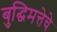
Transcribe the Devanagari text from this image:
बुद्घिमत्तेचे